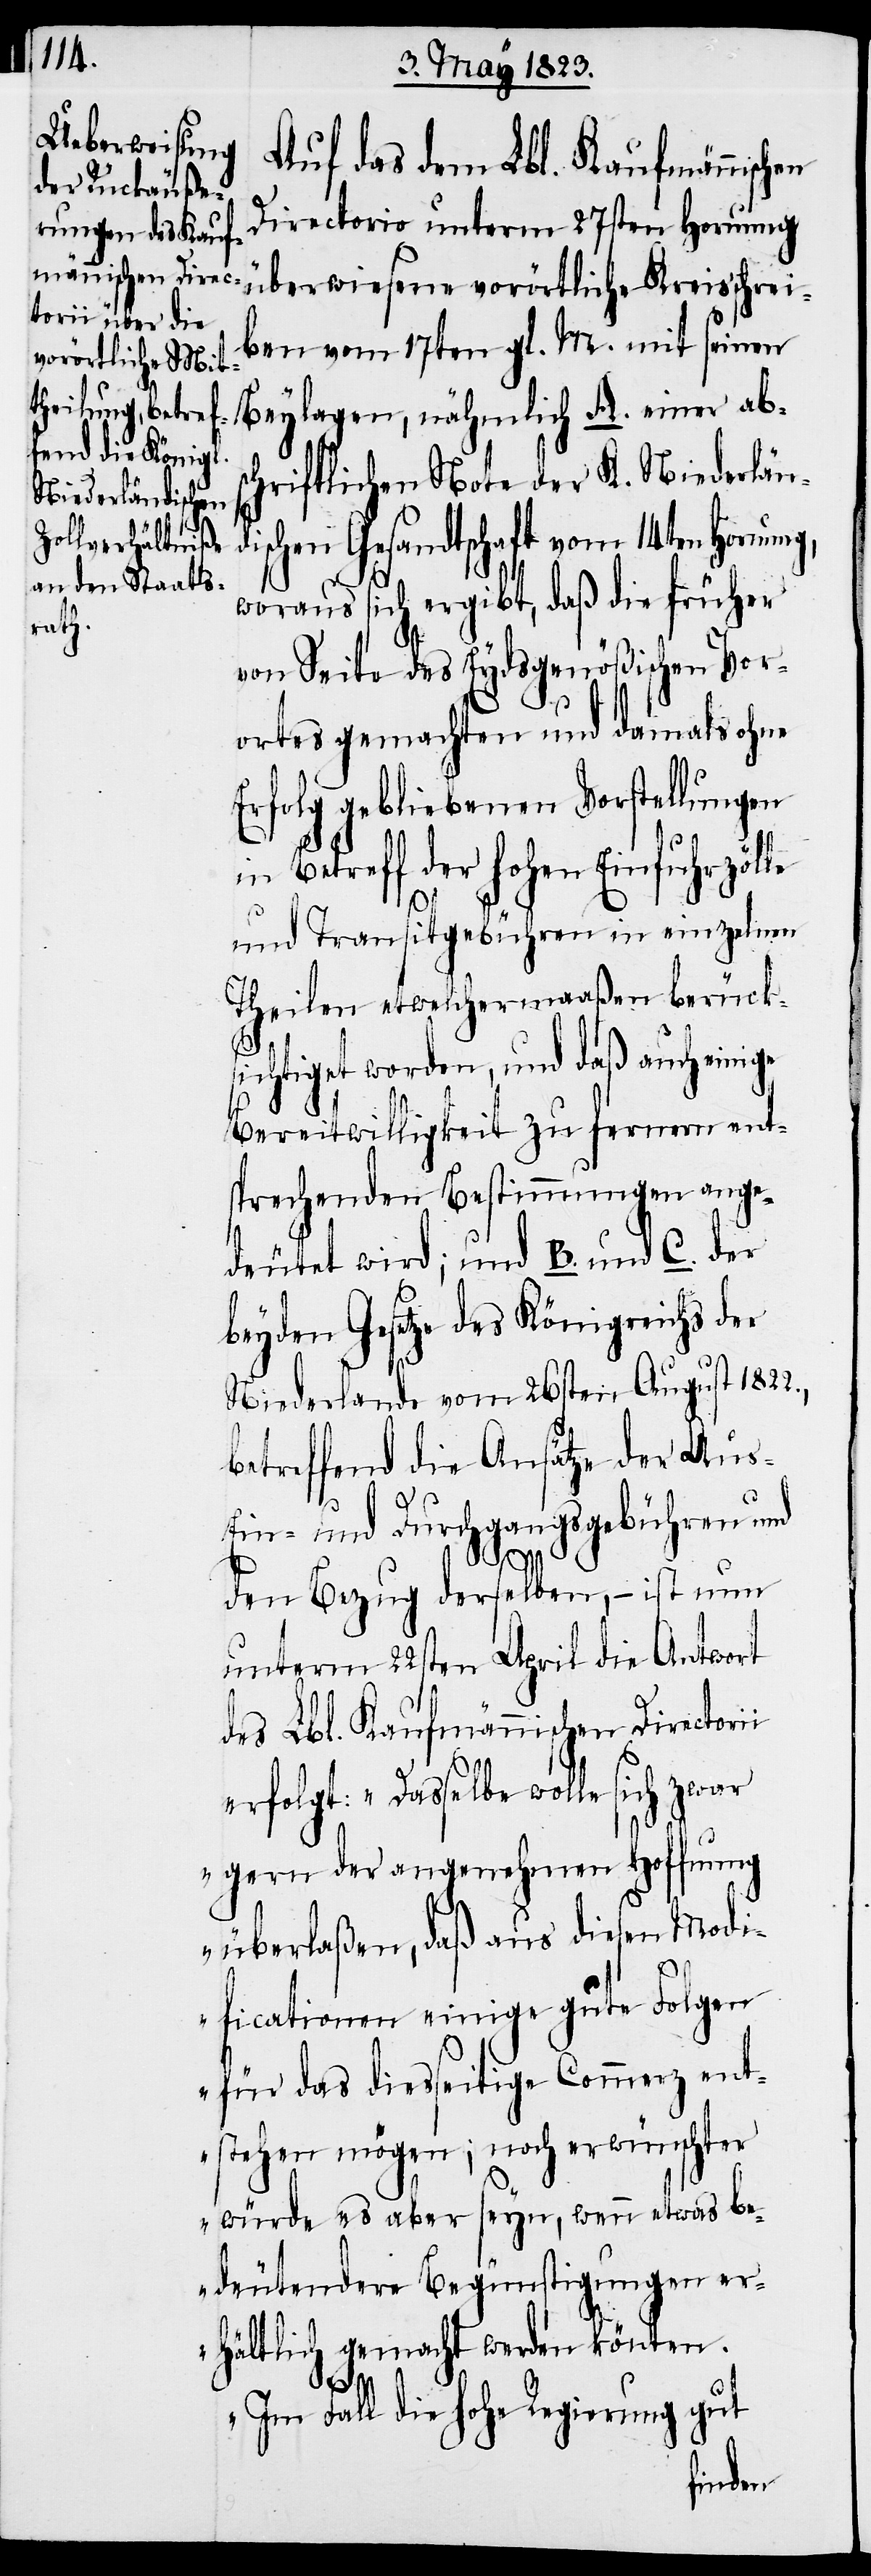
Auf das dem Lbl. Kaufmännischen
Directorio unterm 27sten Hornung
überwiesene vorörtliche Kreisschrei¬
ben vom 17ten gl. M. mit seinen
Beylagen, nähmlich A. einer abs¬
chriftlichen Note der K. Niederländ¬
ischen Gesandtschaft vom 14ten Hornun¬
woraus sich ergibt, daß die früher
von Seite des Eydsgenößischen Vor¬
ortes gemachten und damals ohne
Erfolg gebliebenen Vorstellungen
Betreff der hohen Einfuhrzöl¬
und Transitgebühren in einzelnen
Theilen etwelchermaaßen berück¬
sichtiget worden, und daß auch einige
Bereitwilligkeit zu fernern ent¬
sprechenden Bestimmungen ange¬
deutet wird; und B. und C. der
beyden Gesetze des Königreichs der
Niederlande vom 26sten August 1822.,
betreffend die Ansätze der Au¬
Ein- und Durchgangsgebühren und
i
den Bezug derselben, – ist nun
unterm 22sten April die Antwort
des Lbl. Kaufmännischen Directori¬
gern der angenehmen Hoffnung
überlaßen, daß aus diesen Modi¬
ficationen einige gute Folgen
für das diesseitige Commerz ent¬
stehen mögen; noch erwünschter
würde es aber seyn, wenn etwas be¬
deutendere Begünstigungen er¬
hältlich gemacht werden könnten.
Im Fall die hohe Regierung gut